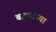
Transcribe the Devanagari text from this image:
बाष्पाच्या